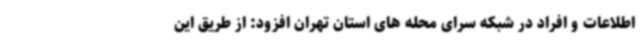
اطلاعات و افراد در شبکه سرای محله های استان تهران افزود: از طریق این